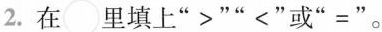
2.在\circ 里填上“>”“<”或“=”。